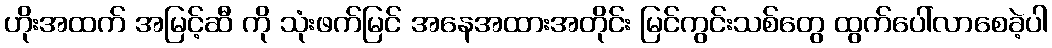
ဟိုးအထက် အမြင့်ဆီ ကို သုံးဖက်မြင် အနေအထားအတိုင်း မြင်ကွင်းသစ်တွေ ထွက်ပေါ်လာစေခဲ့ပါ